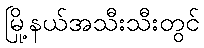
မြို့နယ်အသီးသီးတွင်